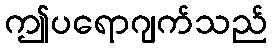
ဤပရောဂျက်သည်